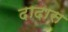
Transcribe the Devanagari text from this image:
दादास